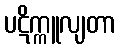
ပဋိက္ကူလျတာ